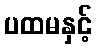
ပထမနှင့်